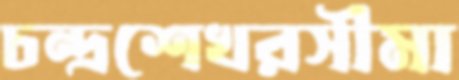
চন্দ্রশেখরসীমা